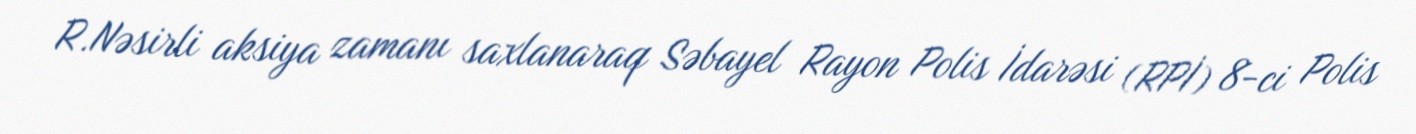
R.Nəsirli aksiya zamanı saxlanaraq Səbayel Rayon Polis İdarəsi (RPİ) 8-ci Polis